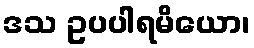
ဒသ ဥပပါရမိယော၊